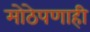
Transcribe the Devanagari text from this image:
मोठेपणाही